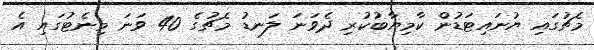
މެޗުގައި ޔުނައިޓަޑުން ކާމިޔާބުކުރި ދެވަނަ ލަނޑު މެޗުގެ 40 ވަނަ މިނެޓުގައި އެ